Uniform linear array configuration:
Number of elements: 16
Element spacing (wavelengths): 0.5
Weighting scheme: cosine
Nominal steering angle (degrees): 30
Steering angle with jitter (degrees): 31.538
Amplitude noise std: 0.05
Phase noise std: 0.05

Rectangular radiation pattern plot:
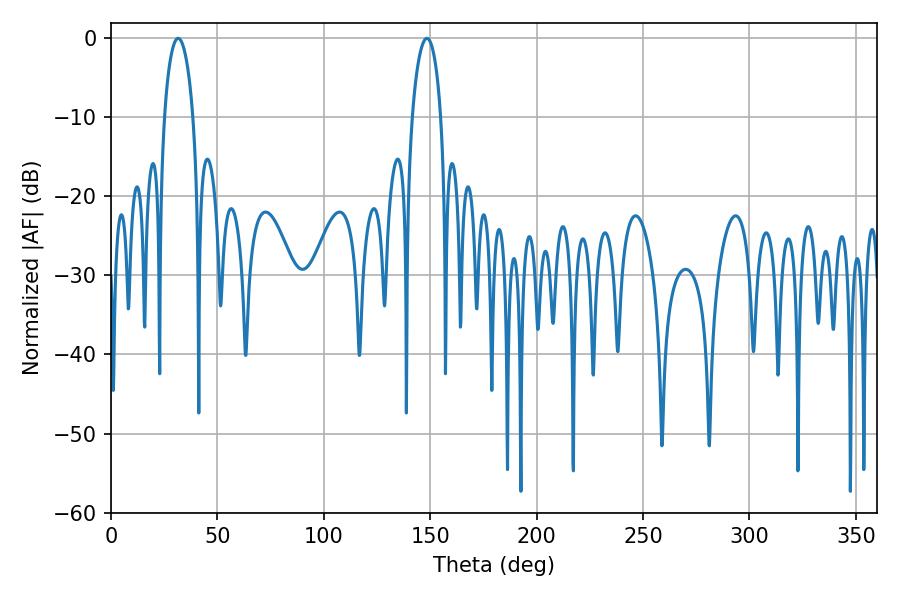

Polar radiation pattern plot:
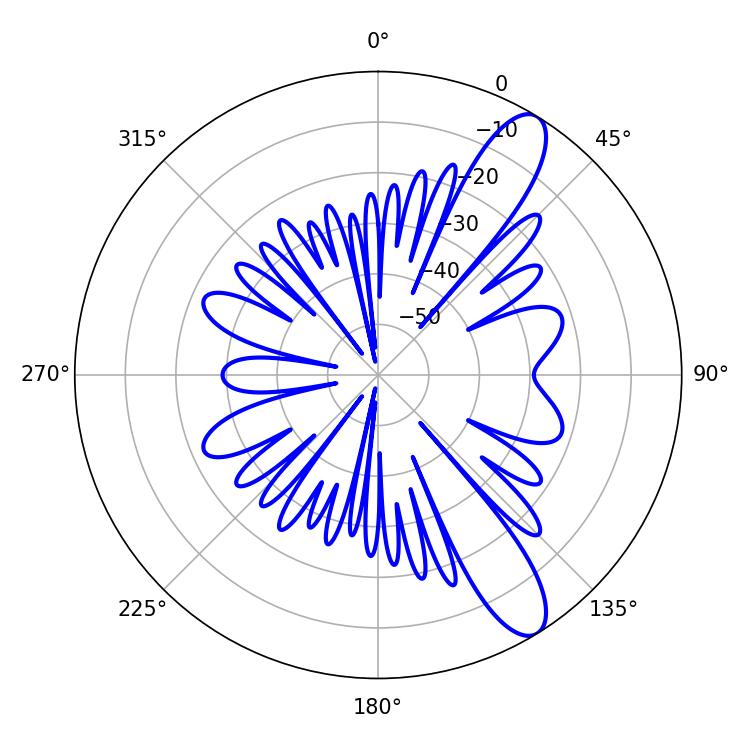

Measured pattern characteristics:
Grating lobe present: FALSE
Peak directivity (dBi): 11.14
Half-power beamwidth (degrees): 7.74
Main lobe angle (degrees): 31.5